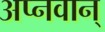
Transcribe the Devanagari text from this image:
अप्नवान्